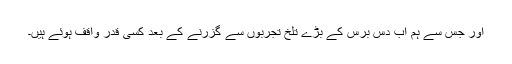
اور جس سے ہم اب دس برس کے بڑے تلخ تجربوں سے گزرنے کے بعد کسی قدر واقف ہوئے ہیں۔